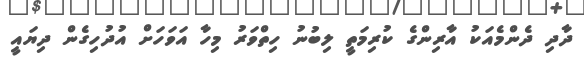
ދާދި ދެންމެއަކު އާރިންގެ ކުރިމަތީ ލިބުނު ހިތްވަރު މިހާ އަވަހަށް އުދުހިގެން ދިޔައީ